NAE_Eesti_seltside_protokollid_1900-1917, lk 4
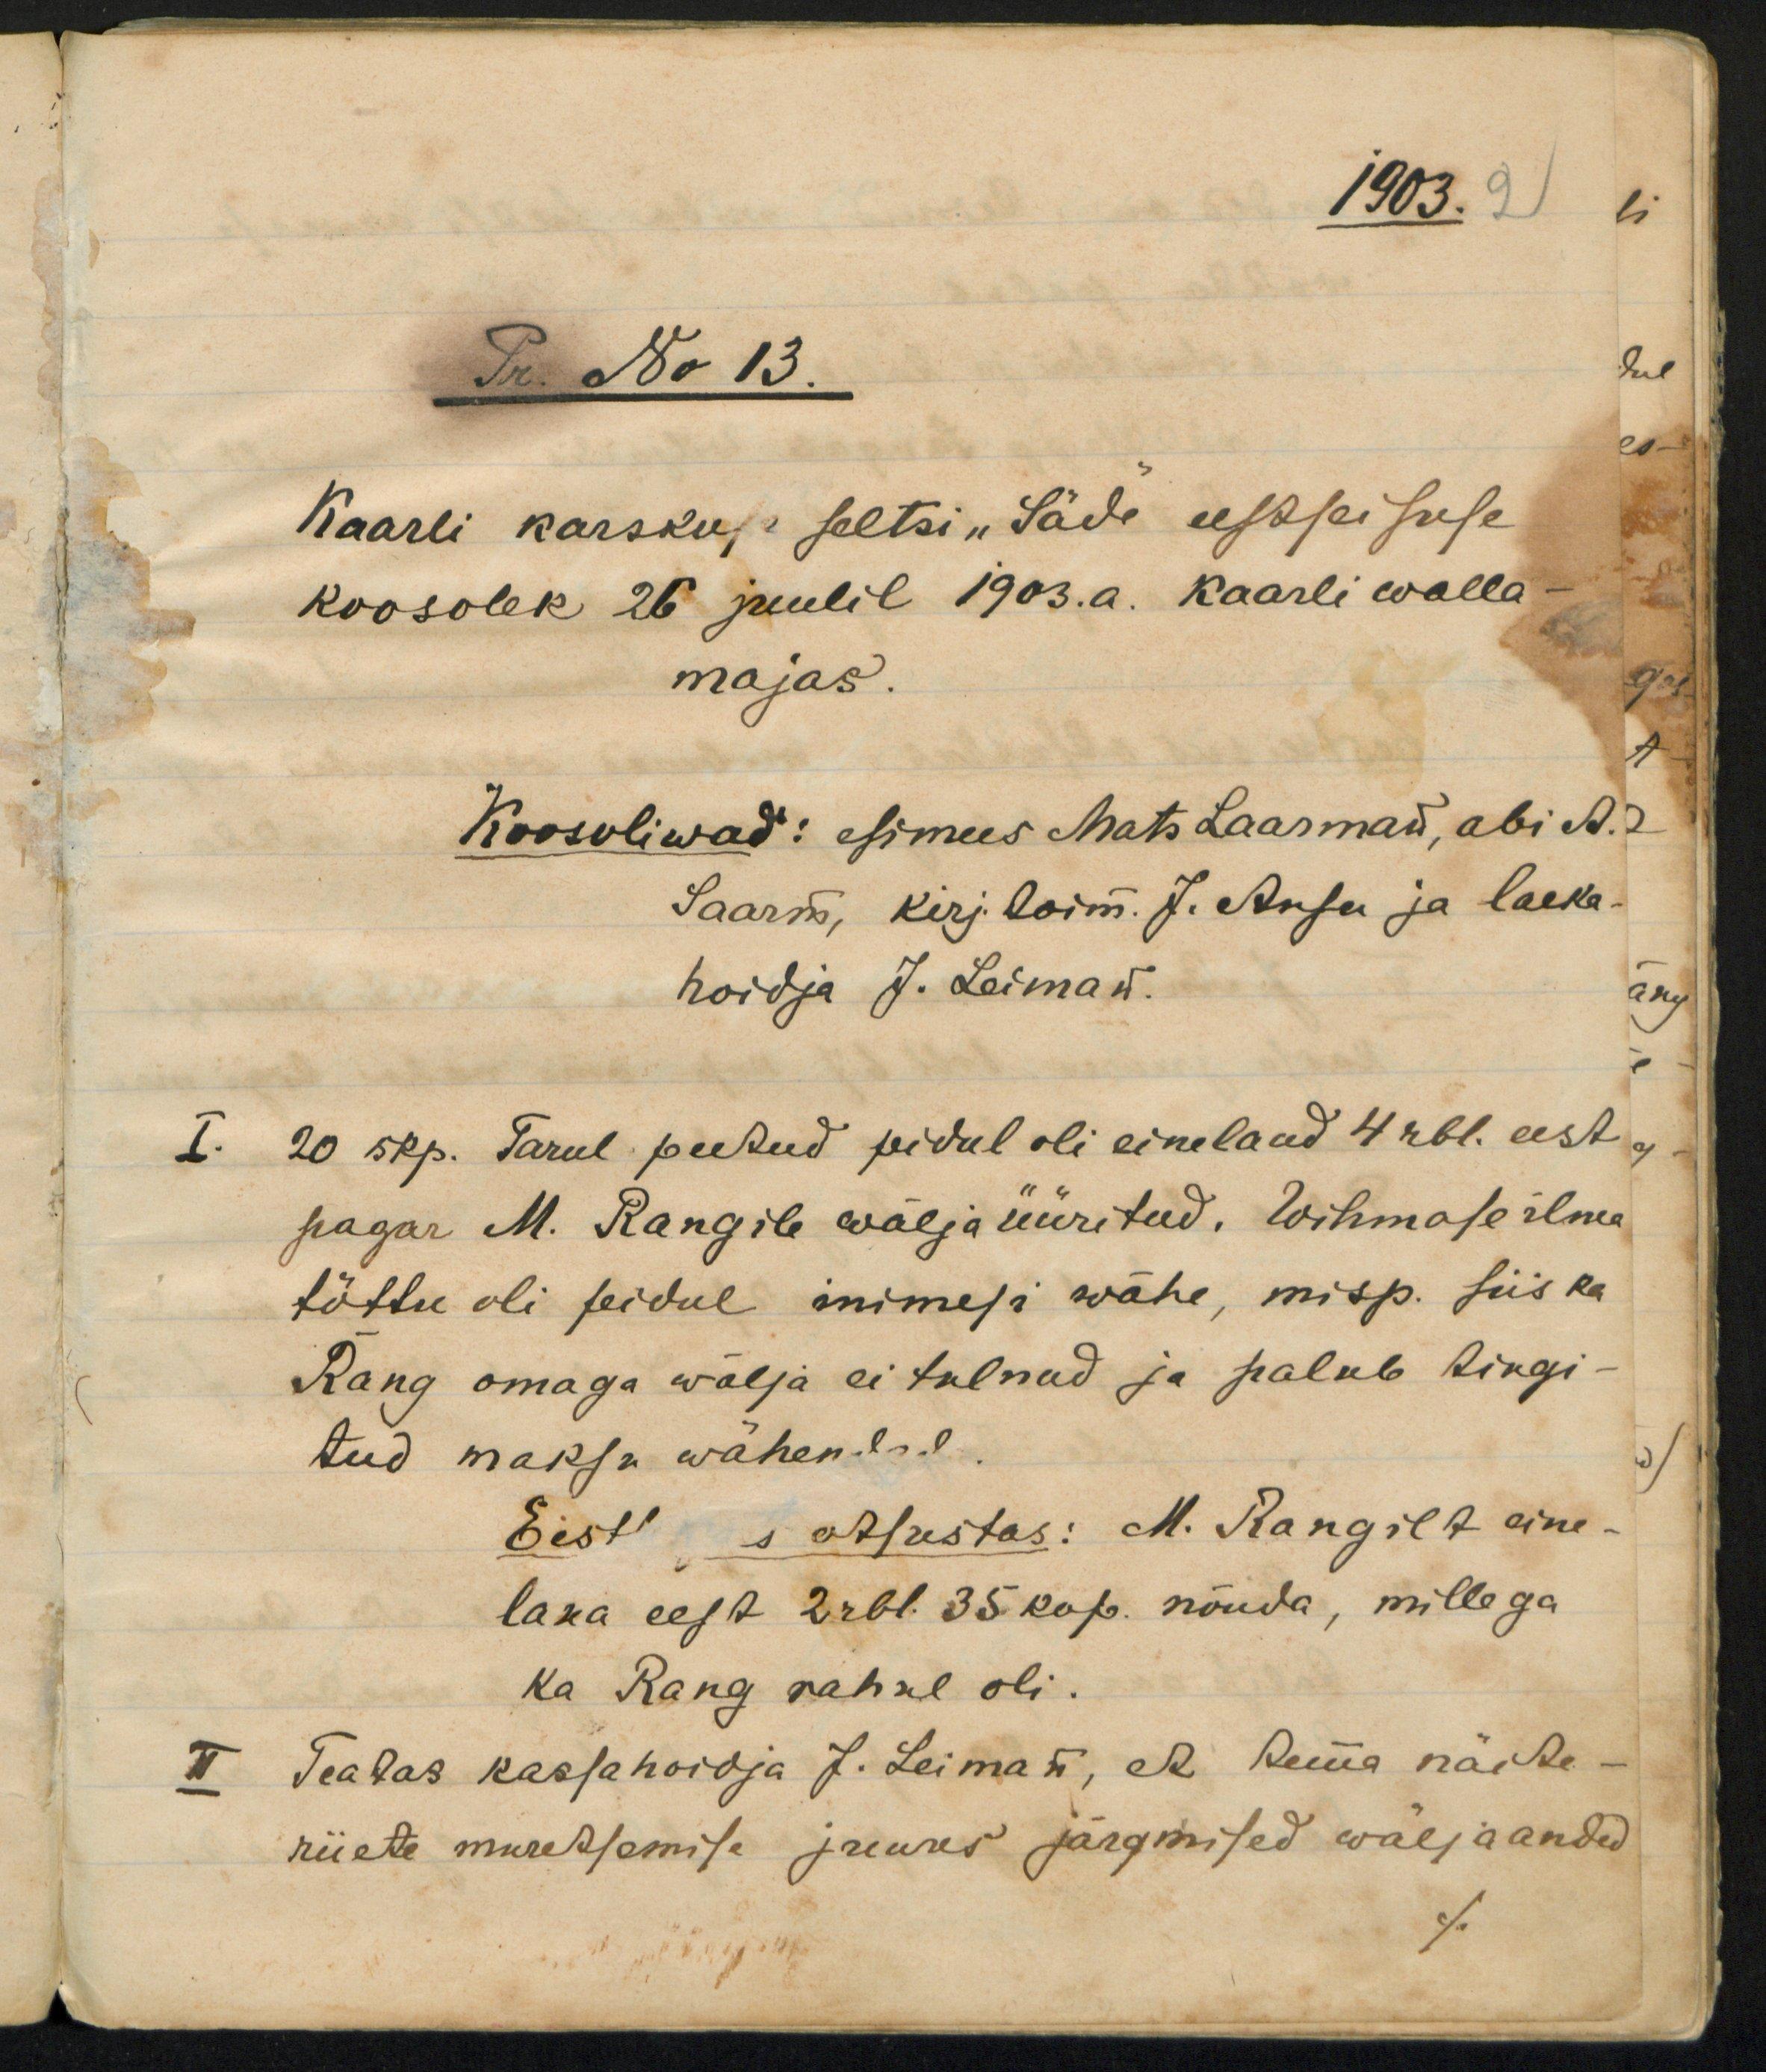
1903.2
Pr. No 13
Kaarli karskuse seltsi "Säde" eestseisuse
koosolek 26 juulil 1903.a. Kaarli walla
majas.
I. 20 skp. Tarul peetud pidul oli einelaud 4 rbl. eest
pagar M. Rangile wäljaüüritud. Wihmase ilma
tõttu oli pidul inimesi wähe, misp. siis ka
Rang omaga wälja ei tulnud ja palub tingi
tud maksu wähendud
Eestseisus otsustas: M. Rangilt eine-
laua eest 2rbl  35 kop. nõuda, millega
ka Rang rahul oli.
Teatas kassahoidja J. Leiman, et tema näite
riiete muretsemise juures järgmised wäljaanded